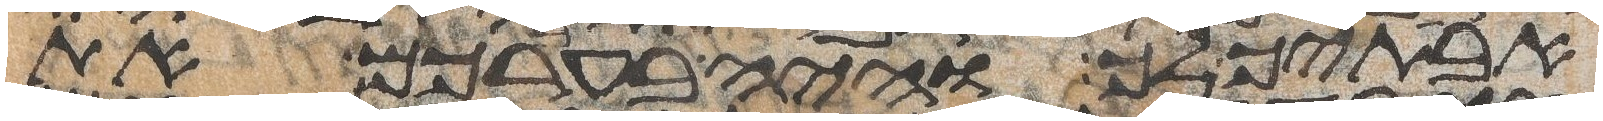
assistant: אבתיך לך והיה בעברכם את